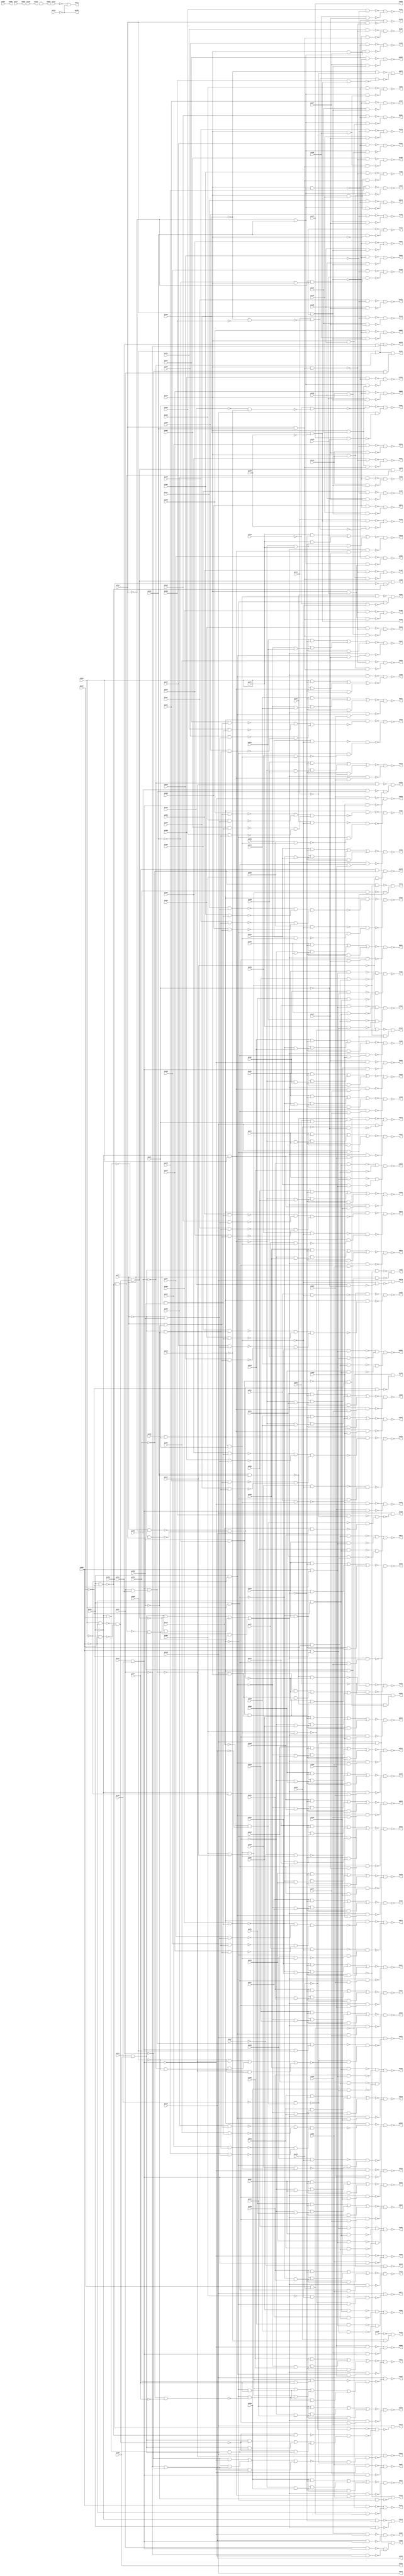
module top (
            pi000, pi001, pi002, pi003, pi004, pi005, pi006, pi007, pi008, pi009, pi010, pi011, pi012, pi013, pi014, pi015, pi016, pi017, pi018, pi019, pi020, pi021, pi022, pi023, pi024, pi025, pi026, pi027, pi028, pi029, pi030, pi031, pi032, pi033, pi034, pi035, pi036, pi037, pi038, pi039, pi040, pi041, pi042, pi043, pi044, pi045, pi046, pi047, pi048, pi049, pi050, pi051, pi052, pi053, pi054, pi055, pi056, pi057, pi058, pi059, pi060, pi061, pi062, pi063, pi064, pi065, pi066, pi067, pi068, pi069, pi070, pi071, pi072, pi073, pi074, pi075, pi076, pi077, pi078, pi079, pi080, pi081, pi082, pi083, pi084, pi085, pi086, pi087, pi088, pi089, pi090, pi091, pi092, pi093, pi094, pi095, pi096, pi097, pi098, pi099, pi100, pi101, pi102, pi103, pi104, pi105, pi106, pi107, pi108, pi109, pi110, pi111, pi112, pi113, pi114, pi115, pi116, pi117, pi118, pi119, pi120, pi121, pi122, pi123, pi124, pi125, pi126, pi127, pi128, pi129, pi130, pi131, pi132, 
            po000, po001, po002, po003, po004, po005, po006, po007, po008, po009, po010, po011, po012, po013, po014, po015, po016, po017, po018, po019, po020, po021, po022, po023, po024, po025, po026, po027, po028, po029, po030, po031, po032, po033, po034, po035, po036, po037, po038, po039, po040, po041, po042, po043, po044, po045, po046, po047, po048, po049, po050, po051, po052, po053, po054, po055, po056, po057, po058, po059, po060, po061, po062, po063, po064, po065, po066, po067, po068, po069, po070, po071, po072, po073, po074, po075, po076, po077, po078, po079, po080, po081, po082, po083, po084, po085, po086, po087, po088, po089, po090, po091, po092, po093, po094, po095, po096, po097, po098, po099, po100, po101, po102, po103, po104, po105, po106, po107, po108, po109, po110, po111, po112, po113, po114, po115, po116, po117, po118, po119, po120, po121, po122, po123, po124, po125, po126, po127, po128, po129, po130, po131);
input pi000, pi001, pi002, pi003, pi004, pi005, pi006, pi007, pi008, pi009, pi010, pi011, pi012, pi013, pi014, pi015, pi016, pi017, pi018, pi019, pi020, pi021, pi022, pi023, pi024, pi025, pi026, pi027, pi028, pi029, pi030, pi031, pi032, pi033, pi034, pi035, pi036, pi037, pi038, pi039, pi040, pi041, pi042, pi043, pi044, pi045, pi046, pi047, pi048, pi049, pi050, pi051, pi052, pi053, pi054, pi055, pi056, pi057, pi058, pi059, pi060, pi061, pi062, pi063, pi064, pi065, pi066, pi067, pi068, pi069, pi070, pi071, pi072, pi073, pi074, pi075, pi076, pi077, pi078, pi079, pi080, pi081, pi082, pi083, pi084, pi085, pi086, pi087, pi088, pi089, pi090, pi091, pi092, pi093, pi094, pi095, pi096, pi097, pi098, pi099, pi100, pi101, pi102, pi103, pi104, pi105, pi106, pi107, pi108, pi109, pi110, pi111, pi112, pi113, pi114, pi115, pi116, pi117, pi118, pi119, pi120, pi121, pi122, pi123, pi124, pi125, pi126, pi127, pi128, pi129, pi130, pi131, pi132;
output po000, po001, po002, po003, po004, po005, po006, po007, po008, po009, po010, po011, po012, po013, po014, po015, po016, po017, po018, po019, po020, po021, po022, po023, po024, po025, po026, po027, po028, po029, po030, po031, po032, po033, po034, po035, po036, po037, po038, po039, po040, po041, po042, po043, po044, po045, po046, po047, po048, po049, po050, po051, po052, po053, po054, po055, po056, po057, po058, po059, po060, po061, po062, po063, po064, po065, po066, po067, po068, po069, po070, po071, po072, po073, po074, po075, po076, po077, po078, po079, po080, po081, po082, po083, po084, po085, po086, po087, po088, po089, po090, po091, po092, po093, po094, po095, po096, po097, po098, po099, po100, po101, po102, po103, po104, po105, po106, po107, po108, po109, po110, po111, po112, po113, po114, po115, po116, po117, po118, po119, po120, po121, po122, po123, po124, po125, po126, po127, po128, po129, po130, po131;
wire one, w0, w1, w2, w3, w4, w5, w6, w7, w8, w9, w10, w11, w12, w13, w14, w15, w16, w17, w18, w19, w20, w21, w22, w23, w24, w25, w26, w27, w28, w29, w30, w31, w32, w33, w34, w35, w36, w37, w38, w39, w40, w41, w42, w43, w44, w45, w46, w47, w48, w49, w50, w51, w52, w53, w54, w55, w56, w57, w58, w59, w60, w61, w62, w63, w64, w65, w66, w67, w68, w69, w70, w71, w72, w73, w74, w75, w76, w77, w78, w79, w80, w81, w82, w83, w84, w85, w86, w87, w88, w89, w90, w91, w92, w93, w94, w95, w96, w97, w98, w99, w100, w101, w102, w103, w104, w105, w106, w107, w108, w109, w110, w111, w112, w113, w114, w115, w116, w117, w118, w119, w120, w121, w122, w123, w124, w125, w126, w127, w128, w129, w130, w131, w132, w133, w134, w135, w136, w137, w138, w139, w140, w141, w142, w143, w144, w145, w146, w147, w148, w149, w150, w151, w152, w153, w154, w155, w156, w157, w158, w159, w160, w161, w162, w163, w164, w165, w166, w167, w168, w169, w170, w171, w172, w173, w174, w175, w176, w177, w178, w179, w180, w181, w182, w183, w184, w185, w186, w187, w188, w189, w190, w191, w192, w193, w194, w195, w196, w197, w198, w199, w200, w201, w202, w203, w204, w205, w206, w207, w208, w209, w210, w211, w212, w213, w214, w215, w216, w217, w218, w219, w220, w221, w222, w223, w224, w225, w226, w227, w228, w229, w230, w231, w232, w233, w234, w235, w236, w237, w238, w239, w240, w241, w242, w243, w244, w245, w246, w247, w248, w249, w250, w251, w252, w253, w254, w255, w256, w257, w258, w259, w260, w261, w262, w263, w264, w265, w266, w267, w268, w269, w270, w271, w272, w273, w274, w275, w276, w277, w278, w279, w280, w281, w282, w283, w284, w285, w286, w287, w288, w289, w290, w291, w292, w293, w294, w295, w296, w297, w298, w299, w300, w301, w302, w303, w304, w305, w306, w307, w308, w309, w310, w311, w312, w313, w314, w315, w316, w317, w318, w319, w320, w321, w322, w323, w324, w325, w326, w327, w328, w329, w330, w331, w332, w333, w334, w335, w336, w337, w338, w339, w340, w341, w342, w343, w344, w345, w346, w347, w348, w349, w350, w351, w352, w353, w354, w355, w356, w357, w358, w359, w360, w361, w362, w363, w364, w365, w366, w367, w368, w369, w370, w371, w372, w373, w374, w375, w376, w377, w378, w379, w380, w381, w382, w383, w384, w385, w386, w387, w388, w389, w390, w391, w392, w393, w394, w395, w396, w397, w398, w399, w400, w401, w402, w403, w404, w405, w406, w407, w408, w409, w410, w411, w412, w413, w414, w415, w416, w417, w418, w419, w420, w421, w422, w423, w424, w425, w426, w427, w428, w429, w430, w431, w432, w433, w434, w435, w436, w437, w438, w439, w440, w441, w442, w443, w444, w445, w446, w447, w448, w449, w450, w451, w452, w453, w454, w455, w456, w457, w458, w459, w460, w461, w462, w463, w464, w465, w466, w467, w468, w469, w470, w471, w472, w473, w474, w475, w476, w477, w478, w479, w480, w481, w482, w483, w484, w485, w486, w487, w488, w489, w490, w491, w492, w493, w494, w495, w496, w497, w498, w499, w500, w501, w502, w503, w504, w505, w506, w507, w508, w509, w510, w511, w512, w513, w514, w515, w516, w517, w518, w519, w520, w521, w522, w523, w524, w525, w526, w527, w528, w529, w530, w531, w532, w533, w534, w535, w536, w537, w538, w539, w540, w541, w542, w543, w544, w545, w546, w547, w548, w549, w550, w551, w552, w553, w554, w555, w556, w557, w558, w559, w560, w561, w562, w563, w564, w565, w566, w567, w568, w569, w570, w571, w572, w573, w574, w575, w576, w577, w578, w579, w580, w581, w582, w583, w584, w585, w586, w587, w588, w589, w590, w591, w592, w593, w594, w595, w596, w597, w598, w599, w600, w601, w602, w603, w604, w605, w606, w607, w608, w609, w610, w611, w612, w613, w614, w615, w616, w617, w618, w619, w620;
assign w0 = ~pi109 & pi112;
assign w1 = pi109 & ~pi112;
assign w2 = pi077 & ~pi104;
assign w3 = ~pi077 & pi104;
assign w4 = ~w2 & ~w3;
assign w5 = ~w1 & w4;
assign w6 = ~w0 & w5;
assign w7 = ~pi048 & w6;
assign w8 = ~pi001 & pi107;
assign w9 = pi035 & ~pi096;
assign w10 = ~pi035 & pi096;
assign w11 = ~w9 & ~w10;
assign w12 = ~w8 & w11;
assign w13 = pi001 & ~pi107;
assign w14 = ~pi000 & ~w13;
assign w15 = w12 & w14;
assign w16 = pi096 & pi107;
assign w17 = pi018 & w16;
assign w18 = ~pi096 & ~pi107;
assign w19 = pi026 & w18;
assign w20 = ~w17 & ~w19;
assign w21 = ~pi096 & pi107;
assign w22 = pi012 & w21;
assign w23 = pi096 & ~pi107;
assign w24 = pi004 & w23;
assign w25 = ~w22 & ~w24;
assign w26 = w20 & w25;
assign w27 = pi005 & w23;
assign w28 = pi027 & w18;
assign w29 = ~w27 & ~w28;
assign w30 = pi019 & w16;
assign w31 = pi013 & w21;
assign w32 = ~w30 & ~w31;
assign w33 = w29 & w32;
assign w34 = pi028 & w18;
assign w35 = pi020 & w16;
assign w36 = ~w34 & ~w35;
assign w37 = pi014 & w21;
assign w38 = pi006 & w23;
assign w39 = ~w37 & ~w38;
assign w40 = w36 & w39;
assign w41 = pi021 & w16;
assign w42 = pi015 & w21;
assign w43 = ~w41 & ~w42;
assign w44 = pi007 & w23;
assign w45 = pi029 & w18;
assign w46 = ~w44 & ~w45;
assign w47 = w43 & w46;
assign w48 = pi022 & w16;
assign w49 = pi008 & w23;
assign w50 = ~w48 & ~w49;
assign w51 = pi016 & w21;
assign w52 = pi030 & w18;
assign w53 = ~w51 & ~w52;
assign w54 = w50 & w53;
assign w55 = pi031 & w18;
assign w56 = pi017 & w21;
assign w57 = ~w55 & ~w56;
assign w58 = pi023 & w16;
assign w59 = pi009 & w23;
assign w60 = ~w58 & ~w59;
assign w61 = w57 & w60;
assign w62 = pi032 & w18;
assign w63 = pi002 & w21;
assign w64 = ~w62 & ~w63;
assign w65 = pi010 & w23;
assign w66 = pi024 & w16;
assign w67 = ~w65 & ~w66;
assign w68 = w64 & w67;
assign w69 = pi003 & w21;
assign w70 = pi025 & w16;
assign w71 = ~w69 & ~w70;
assign w72 = pi033 & w18;
assign w73 = pi011 & w23;
assign w74 = ~w72 & ~w73;
assign w75 = w71 & w74;
assign w76 = pi000 & ~pi123;
assign w77 = ~w11 & ~w13;
assign w78 = pi083 & pi106;
assign w79 = (w78 & ~w11) | (w78 & w548) | (~w11 & w548);
assign w80 = ~w77 & w79;
assign w81 = ~w76 & ~w80;
assign w82 = pi118 & ~w81;
assign w83 = pi000 & ~w13;
assign w84 = w12 & w83;
assign w85 = (w78 & ~w12) | (w78 & w542) | (~w12 & w542);
assign w86 = ~pi001 & ~w85;
assign w87 = pi001 & w85;
assign w88 = ~w86 & ~w87;
assign w89 = w85 & w543;
assign w90 = (pi002 & ~w85) | (pi002 & w549) | (~w85 & w549);
assign w91 = w85 & w550;
assign w92 = ~w90 & ~w91;
assign w93 = (pi003 & ~w85) | (pi003 & w551) | (~w85 & w551);
assign w94 = w85 & w552;
assign w95 = ~w93 & ~w94;
assign w96 = ~pi001 & pi035;
assign w97 = (pi004 & ~w85) | (pi004 & w553) | (~w85 & w553);
assign w98 = w85 & w554;
assign w99 = ~w97 & ~w98;
assign w100 = (pi005 & ~w85) | (pi005 & w555) | (~w85 & w555);
assign w101 = w85 & w556;
assign w102 = ~w100 & ~w101;
assign w103 = (pi006 & ~w85) | (pi006 & w557) | (~w85 & w557);
assign w104 = w85 & w558;
assign w105 = ~w103 & ~w104;
assign w106 = (pi007 & ~w85) | (pi007 & w559) | (~w85 & w559);
assign w107 = w85 & w560;
assign w108 = ~w106 & ~w107;
assign w109 = (pi008 & ~w85) | (pi008 & w561) | (~w85 & w561);
assign w110 = w85 & w562;
assign w111 = ~w109 & ~w110;
assign w112 = (pi009 & ~w85) | (pi009 & w563) | (~w85 & w563);
assign w113 = w85 & w564;
assign w114 = ~w112 & ~w113;
assign w115 = (pi010 & ~w85) | (pi010 & w565) | (~w85 & w565);
assign w116 = w85 & w566;
assign w117 = ~w115 & ~w116;
assign w118 = (pi011 & ~w85) | (pi011 & w567) | (~w85 & w567);
assign w119 = w85 & w568;
assign w120 = ~w118 & ~w119;
assign w121 = (pi012 & ~w85) | (pi012 & w569) | (~w85 & w569);
assign w122 = w85 & w570;
assign w123 = ~w121 & ~w122;
assign w124 = (pi013 & ~w85) | (pi013 & w571) | (~w85 & w571);
assign w125 = w85 & w572;
assign w126 = ~w124 & ~w125;
assign w127 = (pi014 & ~w85) | (pi014 & w573) | (~w85 & w573);
assign w128 = w85 & w574;
assign w129 = ~w127 & ~w128;
assign w130 = (pi015 & ~w85) | (pi015 & w575) | (~w85 & w575);
assign w131 = w85 & w576;
assign w132 = ~w130 & ~w131;
assign w133 = (pi016 & ~w85) | (pi016 & w577) | (~w85 & w577);
assign w134 = w85 & w578;
assign w135 = ~w133 & ~w134;
assign w136 = (pi017 & ~w85) | (pi017 & w579) | (~w85 & w579);
assign w137 = w85 & w580;
assign w138 = ~w136 & ~w137;
assign w139 = (pi018 & ~w85) | (pi018 & w581) | (~w85 & w581);
assign w140 = w85 & w582;
assign w141 = ~w139 & ~w140;
assign w142 = (pi019 & ~w85) | (pi019 & w583) | (~w85 & w583);
assign w143 = w85 & w584;
assign w144 = ~w142 & ~w143;
assign w145 = (pi020 & ~w85) | (pi020 & w585) | (~w85 & w585);
assign w146 = w85 & w586;
assign w147 = ~w145 & ~w146;
assign w148 = (pi021 & ~w85) | (pi021 & w587) | (~w85 & w587);
assign w149 = w85 & w588;
assign w150 = ~w148 & ~w149;
assign w151 = (pi022 & ~w85) | (pi022 & w589) | (~w85 & w589);
assign w152 = w85 & w590;
assign w153 = ~w151 & ~w152;
assign w154 = (pi023 & ~w85) | (pi023 & w591) | (~w85 & w591);
assign w155 = w85 & w592;
assign w156 = ~w154 & ~w155;
assign w157 = (pi024 & ~w85) | (pi024 & w593) | (~w85 & w593);
assign w158 = w85 & w594;
assign w159 = ~w157 & ~w158;
assign w160 = (pi025 & ~w85) | (pi025 & w595) | (~w85 & w595);
assign w161 = w85 & w596;
assign w162 = ~w160 & ~w161;
assign w163 = ~pi001 & ~pi035;
assign w164 = (pi026 & ~w85) | (pi026 & w597) | (~w85 & w597);
assign w165 = w85 & w598;
assign w166 = ~w164 & ~w165;
assign w167 = (pi027 & ~w85) | (pi027 & w599) | (~w85 & w599);
assign w168 = w85 & w600;
assign w169 = ~w167 & ~w168;
assign w170 = (pi028 & ~w85) | (pi028 & w601) | (~w85 & w601);
assign w171 = w85 & w602;
assign w172 = ~w170 & ~w171;
assign w173 = (pi029 & ~w85) | (pi029 & w603) | (~w85 & w603);
assign w174 = w85 & w604;
assign w175 = ~w173 & ~w174;
assign w176 = (pi030 & ~w85) | (pi030 & w605) | (~w85 & w605);
assign w177 = w85 & w606;
assign w178 = ~w176 & ~w177;
assign w179 = (pi031 & ~w85) | (pi031 & w607) | (~w85 & w607);
assign w180 = w85 & w608;
assign w181 = ~w179 & ~w180;
assign w182 = (pi032 & ~w85) | (pi032 & w609) | (~w85 & w609);
assign w183 = w85 & w610;
assign w184 = ~w182 & ~w183;
assign w185 = (pi033 & ~w85) | (pi033 & w611) | (~w85 & w611);
assign w186 = w85 & w612;
assign w187 = ~w185 & ~w186;
assign w188 = pi102 & pi108;
assign w189 = pi037 & w188;
assign w190 = w188 & w545;
assign w191 = (~pi034 & ~w188) | (~pi034 & w619) | (~w188 & w619);
assign w192 = ~pi115 & ~pi116;
assign w193 = ~pi108 & w192;
assign w194 = ~w191 & ~w193;
assign w195 = ~w190 & w194;
assign w196 = pi118 & ~w195;
assign w197 = (pi035 & ~w85) | (pi035 & w96) | (~w85 & w96);
assign w198 = ~w89 & ~w197;
assign w199 = pi038 & w190;
assign w200 = w190 & w620;
assign w201 = (~pi036 & ~w190) | (~pi036 & w613) | (~w190 & w613);
assign w202 = ~w193 & ~w201;
assign w203 = ~w200 & w202;
assign w204 = pi118 & ~w203;
assign w205 = pi118 & ~w193;
assign w206 = ~pi037 & ~w188;
assign w207 = ~w189 & ~w206;
assign w208 = w205 & w207;
assign w209 = ~pi038 & ~w190;
assign w210 = ~w199 & w205;
assign w211 = ~w209 & w210;
assign w212 = pi039 & ~w188;
assign w213 = pi042 & w188;
assign w214 = ~w212 & ~w213;
assign w215 = pi040 & ~w188;
assign w216 = pi116 & w188;
assign w217 = ~w215 & ~w216;
assign w218 = pi041 & ~w188;
assign w219 = pi039 & w188;
assign w220 = ~w218 & ~w219;
assign w221 = pi042 & ~w188;
assign w222 = pi043 & w188;
assign w223 = ~w221 & ~w222;
assign w224 = pi043 & ~w188;
assign w225 = pi044 & w188;
assign w226 = ~w224 & ~w225;
assign w227 = pi044 & ~w188;
assign w228 = pi046 & w188;
assign w229 = ~w227 & ~w228;
assign w230 = pi045 & ~w188;
assign w231 = pi040 & w188;
assign w232 = ~w230 & ~w231;
assign w233 = pi046 & ~w188;
assign w234 = pi045 & w188;
assign w235 = ~w233 & ~w234;
assign w236 = pi113 & pi121;
assign w237 = pi062 & w236;
assign w238 = w236 & w546;
assign w239 = pi056 & w238;
assign w240 = w238 & w614;
assign w241 = pi110 & pi121;
assign w242 = (w238 & w615) | (w238 & w616) | (w615 & w616);
assign w243 = ~w240 & w242;
assign w244 = pi118 & ~w243;
assign w245 = pi118 & ~w241;
assign w246 = ~pi048 & w245;
assign w247 = ~w0 & ~w4;
assign w248 = pi118 & pi124;
assign w249 = (w248 & ~w4) | (w248 & w617) | (~w4 & w617);
assign w250 = ~w247 & w249;
assign w251 = ~w246 & ~w250;
assign w252 = pi077 & ~pi109;
assign w253 = pi080 & w252;
assign w254 = pi077 & pi109;
assign w255 = pi084 & w254;
assign w256 = ~w253 & ~w255;
assign w257 = ~pi077 & ~pi109;
assign w258 = pi099 & w257;
assign w259 = ~pi077 & pi109;
assign w260 = pi079 & w259;
assign w261 = ~w258 & ~w260;
assign w262 = w256 & w261;
assign w263 = w241 & ~w262;
assign w264 = pi049 & ~w236;
assign w265 = pi050 & w236;
assign w266 = ~w241 & ~w265;
assign w267 = ~w264 & w266;
assign w268 = ~w263 & ~w267;
assign w269 = pi082 & w254;
assign w270 = pi068 & w259;
assign w271 = ~w269 & ~w270;
assign w272 = pi074 & w252;
assign w273 = pi098 & w257;
assign w274 = ~w272 & ~w273;
assign w275 = w271 & w274;
assign w276 = w241 & ~w275;
assign w277 = pi050 & ~w236;
assign w278 = pi051 & w236;
assign w279 = ~w241 & ~w278;
assign w280 = ~w277 & w279;
assign w281 = ~w276 & ~w280;
assign w282 = ~pi097 & w236;
assign w283 = ~w241 & ~w282;
assign w284 = pi051 & ~w236;
assign w285 = w283 & ~w284;
assign w286 = pi089 & w257;
assign w287 = pi095 & w254;
assign w288 = ~w286 & ~w287;
assign w289 = pi069 & w259;
assign w290 = pi075 & w252;
assign w291 = ~w289 & ~w290;
assign w292 = w288 & w291;
assign w293 = w241 & ~w292;
assign w294 = ~w285 & ~w293;
assign w295 = pi070 & w252;
assign w296 = pi063 & w259;
assign w297 = ~w295 & ~w296;
assign w298 = pi091 & w254;
assign w299 = pi086 & w257;
assign w300 = ~w298 & ~w299;
assign w301 = w297 & w300;
assign w302 = w241 & ~w301;
assign w303 = pi052 & ~w236;
assign w304 = pi053 & w236;
assign w305 = ~w241 & ~w304;
assign w306 = ~w303 & w305;
assign w307 = ~w302 & ~w306;
assign w308 = pi064 & w259;
assign w309 = pi081 & w254;
assign w310 = ~w308 & ~w309;
assign w311 = pi100 & w257;
assign w312 = pi059 & w252;
assign w313 = ~w311 & ~w312;
assign w314 = w310 & w313;
assign w315 = w241 & ~w314;
assign w316 = pi053 & ~w236;
assign w317 = pi054 & w236;
assign w318 = ~w241 & ~w317;
assign w319 = ~w316 & w318;
assign w320 = ~w315 & ~w319;
assign w321 = pi071 & w252;
assign w322 = pi092 & w254;
assign w323 = ~w321 & ~w322;
assign w324 = pi065 & w259;
assign w325 = pi090 & w257;
assign w326 = ~w324 & ~w325;
assign w327 = w323 & w326;
assign w328 = w241 & ~w327;
assign w329 = pi054 & ~w236;
assign w330 = pi055 & w236;
assign w331 = ~w241 & ~w330;
assign w332 = ~w329 & w331;
assign w333 = ~w328 & ~w332;
assign w334 = pi093 & w254;
assign w335 = pi066 & w259;
assign w336 = ~w334 & ~w335;
assign w337 = pi087 & w257;
assign w338 = pi072 & w252;
assign w339 = ~w337 & ~w338;
assign w340 = w336 & w339;
assign w341 = w241 & ~w340;
assign w342 = pi055 & ~w236;
assign w343 = pi057 & w236;
assign w344 = ~w241 & ~w343;
assign w345 = ~w342 & w344;
assign w346 = ~w341 & ~w345;
assign w347 = ~pi056 & ~w238;
assign w348 = ~w239 & w245;
assign w349 = ~w347 & w348;
assign w350 = pi094 & w254;
assign w351 = pi067 & w259;
assign w352 = ~w350 & ~w351;
assign w353 = pi088 & w257;
assign w354 = pi073 & w252;
assign w355 = ~w353 & ~w354;
assign w356 = w352 & w355;
assign w357 = w241 & ~w356;
assign w358 = pi057 & ~w236;
assign w359 = pi049 & w236;
assign w360 = ~w241 & ~w359;
assign w361 = ~w358 & w360;
assign w362 = ~w357 & ~w361;
assign w363 = pi048 & pi121;
assign w364 = w5 & w618;
assign w365 = ~pi058 & ~pi121;
assign w366 = pi118 & ~w365;
assign w367 = ~w364 & w366;
assign w368 = ~pi112 & pi124;
assign w369 = pi104 & w368;
assign w370 = pi059 & ~w369;
assign w371 = pi126 & w369;
assign w372 = ~w370 & ~w371;
assign w373 = ~pi060 & ~pi122;
assign w374 = ~pi060 & ~pi085;
assign w375 = pi122 & ~w374;
assign w376 = pi060 & ~pi105;
assign w377 = pi085 & w376;
assign w378 = w375 & ~w377;
assign w379 = ~w373 & ~w378;
assign w380 = ~pi062 & ~w236;
assign w381 = ~w237 & ~w241;
assign w382 = ~w380 & w381;
assign w383 = pi118 & ~w382;
assign w384 = ~pi104 & pi112;
assign w385 = pi124 & w384;
assign w386 = pi063 & ~w385;
assign w387 = pi124 & pi125;
assign w388 = w384 & w387;
assign w389 = ~w386 & ~w388;
assign w390 = pi064 & ~w385;
assign w391 = pi124 & pi126;
assign w392 = w384 & w391;
assign w393 = ~w390 & ~w392;
assign w394 = pi065 & ~w385;
assign w395 = pi124 & pi127;
assign w396 = w384 & w395;
assign w397 = ~w394 & ~w396;
assign w398 = pi066 & ~w385;
assign w399 = pi124 & pi128;
assign w400 = w384 & w399;
assign w401 = ~w398 & ~w400;
assign w402 = pi067 & ~w385;
assign w403 = pi124 & pi129;
assign w404 = w384 & w403;
assign w405 = ~w402 & ~w404;
assign w406 = pi068 & ~w385;
assign w407 = pi124 & pi131;
assign w408 = w384 & w407;
assign w409 = ~w406 & ~w408;
assign w410 = pi069 & ~w385;
assign w411 = pi124 & pi132;
assign w412 = w384 & w411;
assign w413 = ~w410 & ~w412;
assign w414 = pi070 & ~w369;
assign w415 = pi125 & w369;
assign w416 = ~w414 & ~w415;
assign w417 = pi071 & ~w369;
assign w418 = pi127 & w369;
assign w419 = ~w417 & ~w418;
assign w420 = pi072 & ~w369;
assign w421 = pi128 & w369;
assign w422 = ~w420 & ~w421;
assign w423 = pi073 & ~w369;
assign w424 = pi129 & w369;
assign w425 = ~w423 & ~w424;
assign w426 = pi074 & ~w369;
assign w427 = pi131 & w369;
assign w428 = ~w426 & ~w427;
assign w429 = pi075 & ~w369;
assign w430 = pi132 & w369;
assign w431 = ~w429 & ~w430;
assign w432 = ~pi103 & ~pi113;
assign w433 = ~pi078 & ~w432;
assign w434 = pi121 & ~w433;
assign w435 = pi076 & ~pi121;
assign w436 = pi118 & ~w435;
assign w437 = ~w434 & w436;
assign w438 = pi109 & w241;
assign w439 = ~pi077 & ~w438;
assign w440 = pi077 & w438;
assign w441 = ~w439 & ~w440;
assign w442 = pi052 & w236;
assign w443 = ~pi078 & ~w236;
assign w444 = ~w241 & ~w443;
assign w445 = ~w442 & w444;
assign w446 = pi079 & ~w385;
assign w447 = pi124 & pi130;
assign w448 = w384 & w447;
assign w449 = ~w446 & ~w448;
assign w450 = pi080 & ~w369;
assign w451 = pi130 & w369;
assign w452 = ~w450 & ~w451;
assign w453 = pi104 & pi112;
assign w454 = pi124 & w453;
assign w455 = pi081 & ~w454;
assign w456 = w391 & w453;
assign w457 = ~w455 & ~w456;
assign w458 = pi082 & ~w454;
assign w459 = w407 & w453;
assign w460 = ~w458 & ~w459;
assign w461 = pi084 & ~w454;
assign w462 = w447 & w453;
assign w463 = ~w461 & ~w462;
assign w464 = pi085 & ~pi122;
assign w465 = pi115 & pi116;
assign w466 = ~w192 & ~w465;
assign w467 = ~w464 & w466;
assign w468 = pi118 & ~w467;
assign w469 = ~pi104 & w368;
assign w470 = pi086 & ~w469;
assign w471 = pi125 & w469;
assign w472 = ~w470 & ~w471;
assign w473 = pi087 & ~w469;
assign w474 = pi128 & w469;
assign w475 = ~w473 & ~w474;
assign w476 = pi088 & ~w469;
assign w477 = pi129 & w469;
assign w478 = ~w476 & ~w477;
assign w479 = pi089 & ~w469;
assign w480 = pi132 & w469;
assign w481 = ~w479 & ~w480;
assign w482 = pi090 & ~w469;
assign w483 = pi127 & w469;
assign w484 = ~w482 & ~w483;
assign w485 = pi091 & ~w454;
assign w486 = w387 & w453;
assign w487 = ~w485 & ~w486;
assign w488 = pi092 & ~w454;
assign w489 = w395 & w453;
assign w490 = ~w488 & ~w489;
assign w491 = pi093 & ~w454;
assign w492 = w399 & w453;
assign w493 = ~w491 & ~w492;
assign w494 = pi094 & ~w454;
assign w495 = w403 & w453;
assign w496 = ~w494 & ~w495;
assign w497 = pi095 & ~w454;
assign w498 = w411 & w453;
assign w499 = ~w497 & ~w498;
assign w500 = pi107 & pi123;
assign w501 = pi096 & ~w500;
assign w502 = ~pi096 & w500;
assign w503 = ~w501 & ~w502;
assign w504 = ~pi097 & w283;
assign w505 = pi098 & ~w469;
assign w506 = pi131 & w469;
assign w507 = ~w505 & ~w506;
assign w508 = pi099 & ~w469;
assign w509 = pi130 & w469;
assign w510 = ~w508 & ~w509;
assign w511 = pi100 & ~w469;
assign w512 = pi126 & w469;
assign w513 = ~w511 & ~w512;
assign w514 = ~pi101 & ~w237;
assign w515 = ~w238 & w245;
assign w516 = ~w514 & w515;
assign w517 = ~pi111 & ~pi114;
assign w518 = pi103 & ~pi121;
assign w519 = ~w236 & ~w518;
assign w520 = pi118 & ~w519;
assign w521 = pi104 & ~w454;
assign w522 = ~w385 & ~w521;
assign w523 = pi122 & w376;
assign w524 = pi105 & ~w375;
assign w525 = ~w523 & ~w524;
assign w526 = pi036 & ~pi038;
assign w527 = ~pi034 & pi037;
assign w528 = w526 & w527;
assign w529 = ~pi107 & ~pi123;
assign w530 = ~w500 & ~w529;
assign w531 = pi034 & ~pi037;
assign w532 = w526 & w531;
assign w533 = ~pi109 & ~w241;
assign w534 = ~w438 & ~w533;
assign w535 = pi058 & ~pi113;
assign w536 = ~pi120 & w535;
assign w537 = pi112 & ~pi124;
assign w538 = ~w368 & ~w537;
assign w539 = pi047 & ~pi056;
assign w540 = pi062 & ~pi101;
assign w541 = w539 & w540;
assign w542 = ~w83 & w78;
assign w543 = pi001 & ~pi035;
assign w544 = pi001 & pi035;
assign w545 = pi037 & pi034;
assign w546 = pi062 & pi101;
assign w547 = ~pi056 & ~pi047;
assign w548 = w8 & w78;
assign w549 = ~w543 & pi002;
assign w550 = w543 & pi045;
assign w551 = ~w543 & pi003;
assign w552 = w543 & pi040;
assign w553 = ~w96 & pi004;
assign w554 = w96 & pi041;
assign w555 = ~w96 & pi005;
assign w556 = w96 & pi039;
assign w557 = ~w96 & pi006;
assign w558 = w96 & pi042;
assign w559 = ~w96 & pi007;
assign w560 = w96 & pi043;
assign w561 = ~w96 & pi008;
assign w562 = w96 & pi044;
assign w563 = ~w96 & pi009;
assign w564 = w96 & pi046;
assign w565 = ~w96 & pi010;
assign w566 = w96 & pi045;
assign w567 = ~w96 & pi011;
assign w568 = w96 & pi040;
assign w569 = ~w543 & pi012;
assign w570 = w543 & pi041;
assign w571 = ~w543 & pi013;
assign w572 = w543 & pi039;
assign w573 = ~w543 & pi014;
assign w574 = w543 & pi042;
assign w575 = ~w543 & pi015;
assign w576 = w543 & pi043;
assign w577 = ~w543 & pi016;
assign w578 = w543 & pi044;
assign w579 = ~w543 & pi017;
assign w580 = w543 & pi046;
assign w581 = ~w544 & pi018;
assign w582 = w544 & pi041;
assign w583 = ~w544 & pi019;
assign w584 = w544 & pi039;
assign w585 = ~w544 & pi020;
assign w586 = w544 & pi042;
assign w587 = ~w544 & pi021;
assign w588 = w544 & pi043;
assign w589 = ~w544 & pi022;
assign w590 = w544 & pi044;
assign w591 = ~w544 & pi023;
assign w592 = w544 & pi046;
assign w593 = ~w544 & pi024;
assign w594 = w544 & pi045;
assign w595 = ~w544 & pi025;
assign w596 = w544 & pi040;
assign w597 = ~w163 & pi026;
assign w598 = w163 & pi041;
assign w599 = ~w163 & pi027;
assign w600 = w163 & pi039;
assign w601 = ~w163 & pi028;
assign w602 = w163 & pi042;
assign w603 = ~w163 & pi029;
assign w604 = w163 & pi043;
assign w605 = ~w163 & pi030;
assign w606 = w163 & pi044;
assign w607 = ~w163 & pi031;
assign w608 = w163 & pi046;
assign w609 = ~w163 & pi032;
assign w610 = w163 & pi045;
assign w611 = ~w163 & pi033;
assign w612 = w163 & pi040;
assign w613 = ~pi038 & ~pi036;
assign w614 = pi056 & pi047;
assign w615 = ~w241 & pi047;
assign w616 = ~w241 & ~w547;
assign w617 = w1 & w248;
assign w618 = ~w0 & w363;
assign w619 = ~pi037 & ~pi034;
assign w620 = pi038 & pi036;
assign one = 1;
assign po000 = pi076;// level 0
assign po001 = pi061;// level 0
assign po002 = w7;// level 5
assign po003 = w15;// level 4
assign po004 = ~w26;// level 4
assign po005 = ~w33;// level 4
assign po006 = ~w40;// level 4
assign po007 = ~w47;// level 4
assign po008 = ~w54;// level 4
assign po009 = ~w61;// level 4
assign po010 = ~w68;// level 4
assign po011 = ~w75;// level 4
assign po012 = one;// level 0
assign po013 = pi117;// level 0
assign po014 = w82;// level 6
assign po015 = pi118;// level 0
assign po016 = w88;// level 6
assign po017 = ~w92;// level 6
assign po018 = ~w95;// level 6
assign po019 = ~w99;// level 6
assign po020 = ~w102;// level 6
assign po021 = ~w105;// level 6
assign po022 = ~w108;// level 6
assign po023 = ~w111;// level 6
assign po024 = ~w114;// level 6
assign po025 = ~w117;// level 6
assign po026 = ~w120;// level 6
assign po027 = ~w123;// level 6
assign po028 = ~w126;// level 6
assign po029 = ~w129;// level 6
assign po030 = ~w132;// level 6
assign po031 = ~w135;// level 6
assign po032 = ~w138;// level 6
assign po033 = ~w141;// level 6
assign po034 = ~w144;// level 6
assign po035 = ~w147;// level 6
assign po036 = ~w150;// level 6
assign po037 = ~w153;// level 6
assign po038 = ~w156;// level 6
assign po039 = ~w159;// level 6
assign po040 = ~w162;// level 6
assign po041 = ~w166;// level 6
assign po042 = ~w169;// level 6
assign po043 = ~w172;// level 6
assign po044 = ~w175;// level 6
assign po045 = ~w178;// level 6
assign po046 = ~w181;// level 6
assign po047 = ~w184;// level 6
assign po048 = ~w187;// level 6
assign po049 = ~w196;// level 5
assign po050 = ~w198;// level 6
assign po051 = ~w204;// level 6
assign po052 = w208;// level 4
assign po053 = w211;// level 5
assign po054 = ~w214;// level 3
assign po055 = ~w217;// level 3
assign po056 = ~w220;// level 3
assign po057 = ~w223;// level 3
assign po058 = ~w226;// level 3
assign po059 = ~w229;// level 3
assign po060 = ~w232;// level 3
assign po061 = ~w235;// level 3
assign po062 = ~w244;// level 5
assign po063 = ~w251;// level 5
assign po064 = ~w268;// level 6
assign po065 = ~w281;// level 6
assign po066 = ~w294;// level 6
assign po067 = ~w307;// level 6
assign po068 = ~w320;// level 6
assign po069 = ~w333;// level 6
assign po070 = ~w346;// level 6
assign po071 = w349;// level 5
assign po072 = ~w362;// level 6
assign po073 = ~w367;// level 5
assign po074 = ~w372;// level 4
assign po075 = w379;// level 4
assign po076 = w84;// level 4
assign po077 = ~w383;// level 5
assign po078 = ~w389;// level 4
assign po079 = ~w393;// level 4
assign po080 = ~w397;// level 4
assign po081 = ~w401;// level 4
assign po082 = ~w405;// level 4
assign po083 = ~w409;// level 4
assign po084 = ~w413;// level 4
assign po085 = ~w416;// level 4
assign po086 = ~w419;// level 4
assign po087 = ~w422;// level 4
assign po088 = ~w425;// level 4
assign po089 = ~w428;// level 4
assign po090 = ~w431;// level 4
assign po091 = ~w437;// level 4
assign po092 = w441;// level 4
assign po093 = w445;// level 4
assign po094 = ~w449;// level 4
assign po095 = ~w452;// level 4
assign po096 = ~w457;// level 4
assign po097 = ~w460;// level 4
assign po098 = pi106;// level 0
assign po099 = ~w463;// level 4
assign po100 = w468;// level 4
assign po101 = ~w472;// level 4
assign po102 = ~w475;// level 4
assign po103 = ~w478;// level 4
assign po104 = ~w481;// level 4
assign po105 = ~w484;// level 4
assign po106 = ~w487;// level 4
assign po107 = ~w490;// level 4
assign po108 = ~w493;// level 4
assign po109 = ~w496;// level 4
assign po110 = ~w499;// level 4
assign po111 = ~w503;// level 3
assign po112 = ~w504;// level 4
assign po113 = ~w507;// level 4
assign po114 = ~w510;// level 4
assign po115 = ~w513;// level 4
assign po116 = w516;// level 4
assign po117 = w517;// level 1
assign po118 = w520;// level 3
assign po119 = ~w522;// level 4
assign po120 = ~w525;// level 4
assign po121 = w528;// level 2
assign po122 = w530;// level 2
assign po123 = ~w532;// level 2
assign po124 = w534;// level 3
assign po125 = w536;// level 2
assign po126 = ~pi114;// level 0
assign po127 = ~w538;// level 2
assign po128 = ~w541;// level 2
assign po129 = w376;// level 1
assign po130 = pi116;// level 0
assign po131 = pi119;// level 0
endmodule